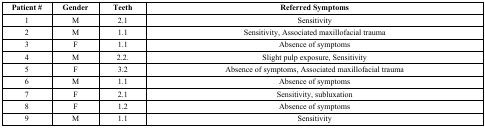
<table><thead><tr><td><b>Patient #</b></td><td><b>Gender</b></td><td><b>Teeth</b></td><td><b>Referred Symptoms</b></td></tr></thead><tbody><tr><td>1</td><td>M</td><td>2.1</td><td>Sensitivity</td></tr><tr><td>2</td><td>M</td><td>1.1</td><td>Sensitivity, Associated maxillofacial trauma</td></tr><tr><td>3</td><td>F</td><td>1.1</td><td>Absence of symptoms</td></tr><tr><td>4</td><td>M</td><td>2.2.</td><td>Slight pulp exposure, Sensitivity</td></tr><tr><td>5</td><td>F</td><td>3.2</td><td>Absence of symptoms, Associated maxillofacial trauma</td></tr><tr><td>6</td><td>M</td><td>1.1</td><td>Absence of symptoms</td></tr><tr><td>7</td><td>F</td><td>2.1</td><td>Sensitivity, subluxation</td></tr><tr><td>8</td><td>F</td><td>1.2</td><td>Absence of symptoms</td></tr><tr><td>9</td><td>M</td><td>1.1</td><td>Sensitivity</td></tr></tbody></table>